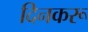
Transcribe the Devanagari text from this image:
दिनकरू